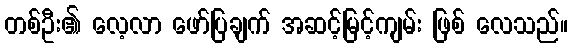
တစ်ဦး၏ လေ့လာ ဖော်ပြချက် အဆင့်မြင့်ကျမ်း ဖြစ် လေသည်။